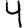
Digit: 4